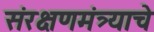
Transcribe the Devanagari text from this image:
संरक्षणमंत्र्याचे